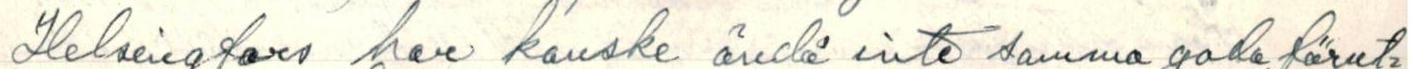
Helsingfors har kanske ändå inte samma goda förut=